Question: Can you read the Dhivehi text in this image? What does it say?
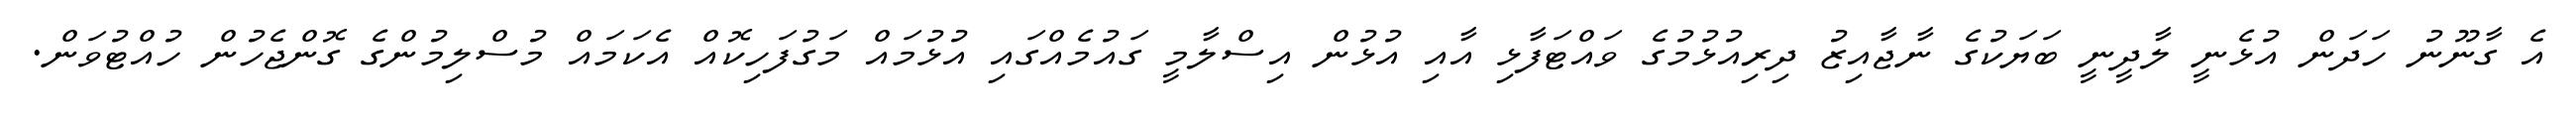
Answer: އެ ގާނޫނު ހަދަން އުޅެނީ ލާދީނީ ބަޔަކުގެ ނާޖާއިޒު ދިރިއުޅުމުގެ ވައްޓަފާޅި އާއި އުޅުން އިސްލާމީ ގައުމެއްގައި އުޅުމައް މަގުފަހިކޮއް އެކަމައް މުސްލިމުންގެ ގޮންޖެހުން ހުއްޓުވަން.